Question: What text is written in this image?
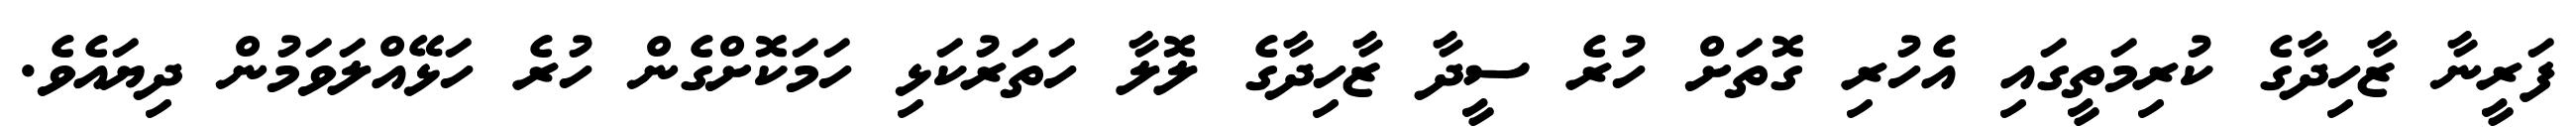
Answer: ފަރީނާ ޒާހިދާގެ ކުރިމަތީގައި އެހުރި ގޮތަށް ހުރެ ސީދާ ޒާހިދާގެ ލޮލާ ހަތަރުކަޅި ހަމަކޮށްގެން ހުރެ ހަޅޭއްލަވަމުން ދިޔައެވެ.